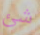
شئ